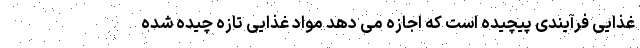
غذایی فرآیندی پیچیده است که اجازه می دهد مواد غذایی تازه چیده شده